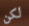
لكن